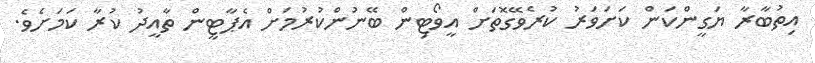
އިތުބާރާ ޔަގީންކަން ކަށަވަރު ކުރެވޭގޮތަށް އީވޯޓިން ބޭނުންކުރުމަށް އެޕާޓީން ތާއީދު ކުރާ ކަމަށެވެ.